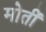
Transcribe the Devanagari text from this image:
मोतीं